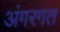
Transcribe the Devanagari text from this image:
अंगरगत